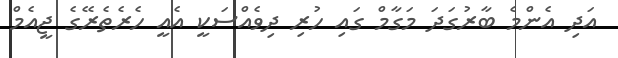
އަދި އެންމެ ބާރުގަދަ މަގާމް ގައި ހުރި ދިވެއްސަކީ އެއީ ހެރެތެރޭގެ ޖީއެމް